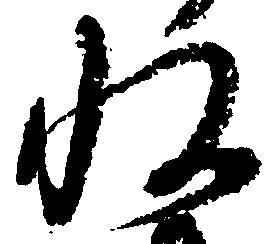
収